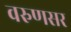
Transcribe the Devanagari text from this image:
वरुणसर